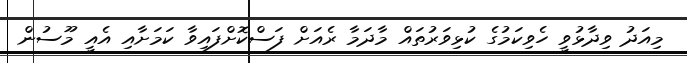
މިއަދު ވިދާޅުވީ ހެވިކަމުގެ ކުޅިވަރުތައް މާދަމާ ރެއަށް ފަސްކޮށްފައިވާ ކަމަށާއި އެއީ މޫސުން